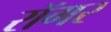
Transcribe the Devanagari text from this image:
रॉगर